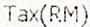
TAX(RM)